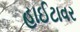
હાઈટાવર